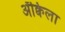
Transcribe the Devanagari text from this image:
ॲक्विला